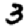
Digit: 3